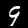
Digit: 9